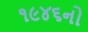
૧૯૪૬નો